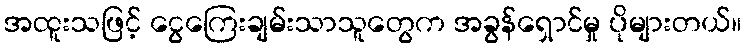
အထူးသဖြင့် ငွေကြေးချမ်းသာသူတွေက အခွန်ရှောင်မှု ပိုများတယ်။